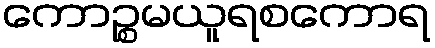
ကောဉ္စမယူရစကောရ